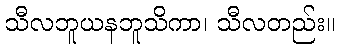
သီလဘူယနဘူသိကာ၊ သီလတည်း။